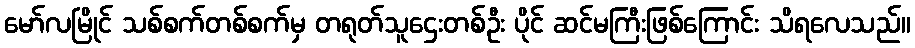
မော်လမြိုင် သစ်စက်တစ်စက်မှ တရုတ်သူဌေးတစ်ဦး ပိုင် ဆင်မကြီးဖြစ်ကြောင်း သိရလေသည်။